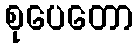
စုပေတော